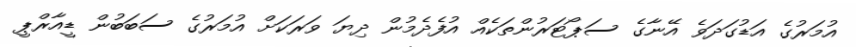
އުމަރުގެ އަޑުގަދަވެ އޭނާގެ ސަޕޯޓަރުންތަކެއް އުފެދެމުން ދިޔަ ވަރަކަށް އުމަރުގެ ސަބަބުން ޑީއާރްޕީ